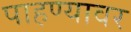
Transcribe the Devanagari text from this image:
पाहण्यावर